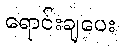
ရောင်းချပေး